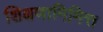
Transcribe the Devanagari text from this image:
शिक्षणानिमित्त